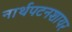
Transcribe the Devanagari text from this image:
नार्थपटनशायर